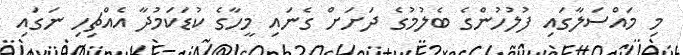
މި މައްސަލާގައި ފުލުހުންގެ ބެލުމުގެ ދަށަށް ގެނައި މީހާގެ ކުޑަކަމުދާ އެއްޗިހި ނަގައި